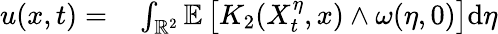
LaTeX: \begin{array}{rl}{u(x,t)=}&{{}\int_{\mathbb{R}^{2}}\mathbb{E}\left[K_{2}(X_{t}^{\eta},x)\wedge\omega(\eta,0)\right]\mathrm{d}\eta}\end{array}